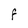
Character: F